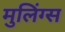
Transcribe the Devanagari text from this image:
मुलिंग्स